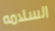
السلامه